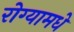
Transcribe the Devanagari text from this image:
रोग्यामधे